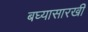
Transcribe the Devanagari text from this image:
बघ्‍यासारखी